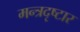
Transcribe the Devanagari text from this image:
मन्त्रदृष्टार